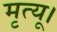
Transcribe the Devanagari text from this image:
मृत्यू।